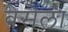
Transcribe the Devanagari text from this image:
बेसेला